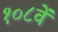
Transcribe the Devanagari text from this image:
१०८वें